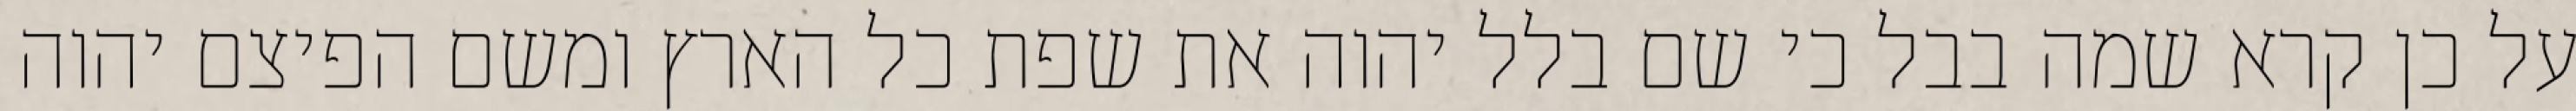
על כן קרא שמה בבל כי שם בלל יהוה את שפת כל הארץ ומשם הפיצם יהוה